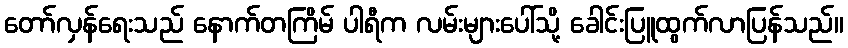
တော်လှန်ရေးသည် နောက်တကြိမ် ပါရီက လမ်းများပေါ်သို့ ခေါင်းပြူထွက်လာပြန်သည်။